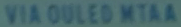
VIA OULED MTAA